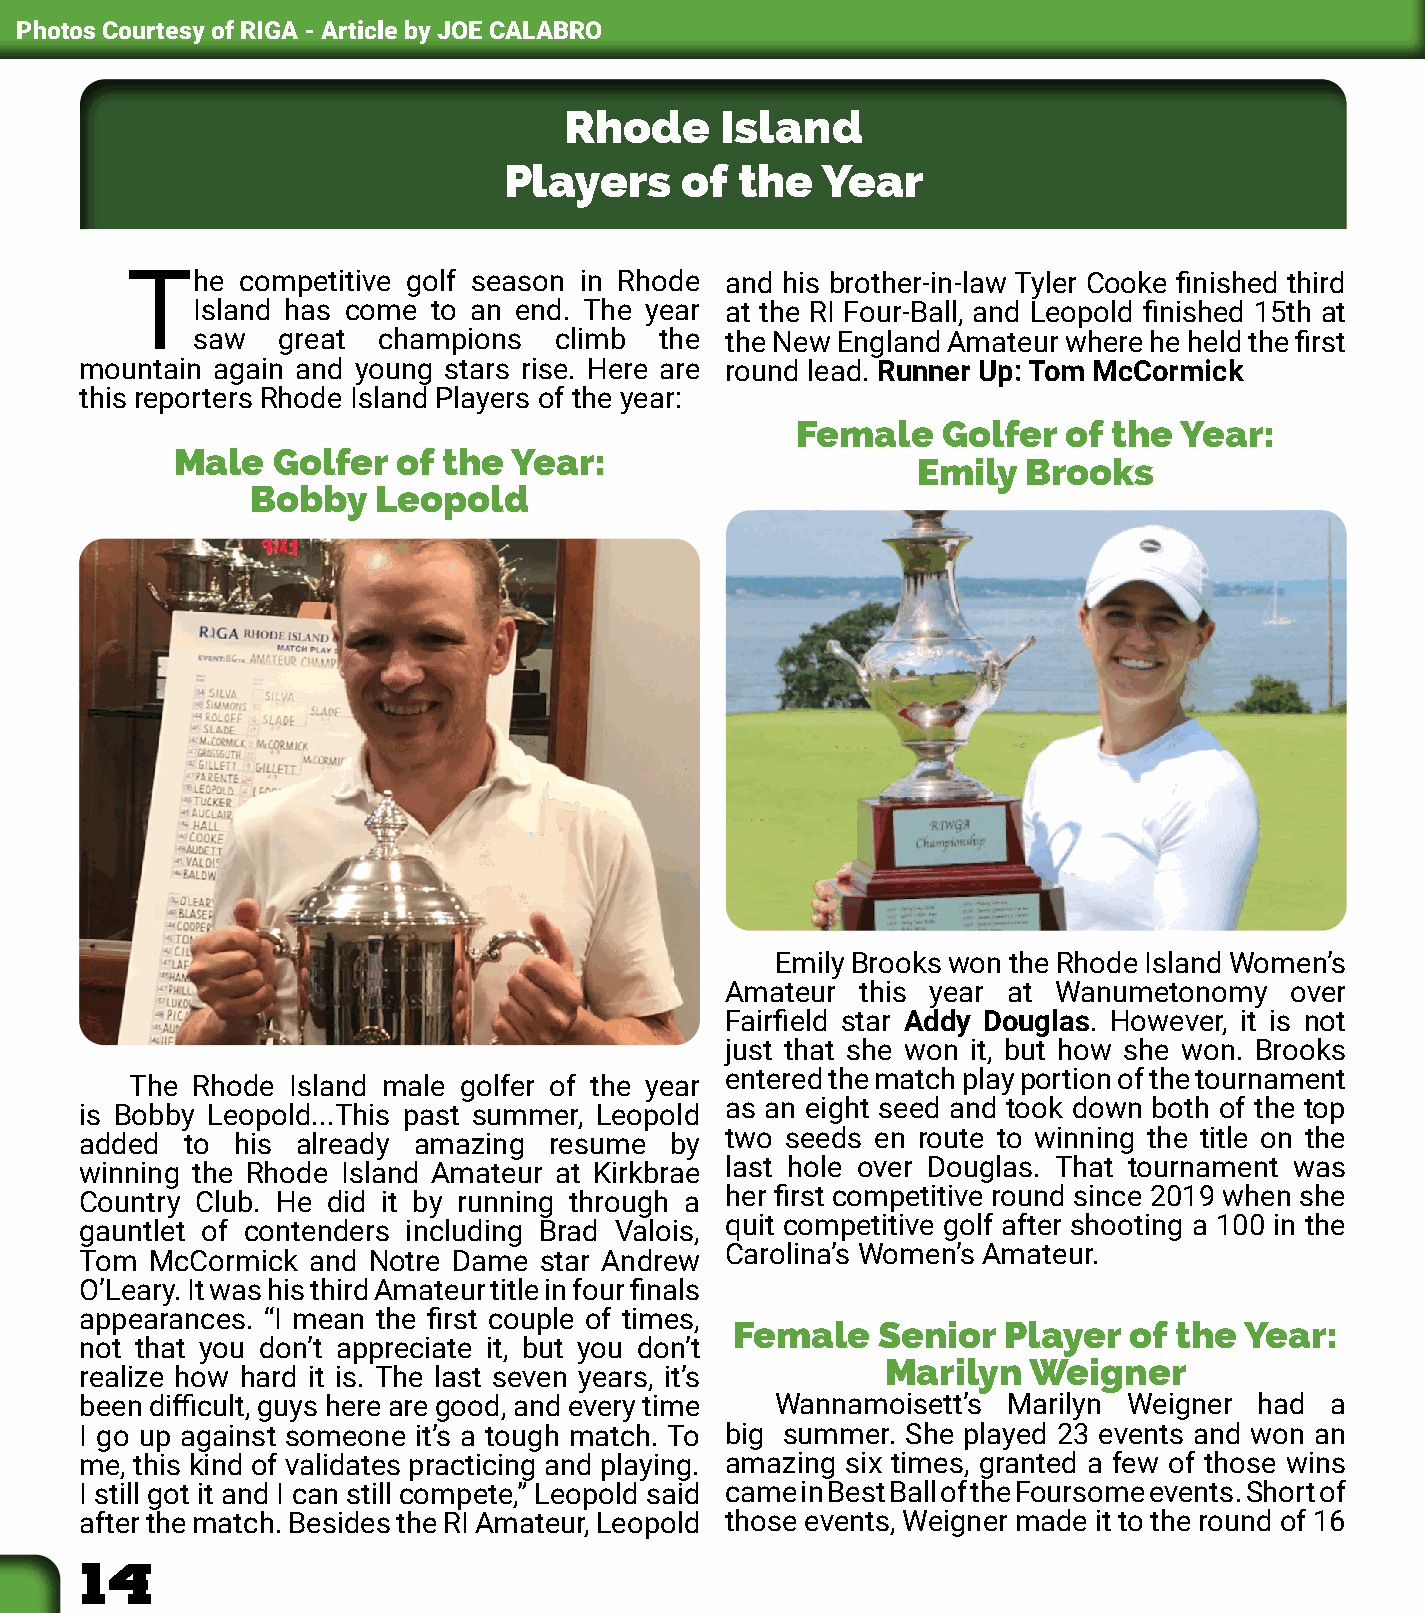
Photos Courtesy of RIGA - Article by JOE CALABRO
 Rhode      Island
 Players     of  the  Year
 The     competitive golf season in Rhode and his brother-in-law Tyler Cooke finished third
 Island has come to an end. The year at the RI Four-Ball, and Leopold finished 15th at
 saw  great  champions   climb  the the New England Amateur where he held the first
 mountain again and young stars rise. Here are round lead. Runner Up: Tom McCormick
 this reporters Rhode Island Players of the year:
 Female   Golfer   of the Year:
 Male  Golfer  of the  Year:
 Emily  Brooks
 Bobby   Leopold
 Emily Brooks won the Rhode Island Women’s
 Amateur  this year at Wanumetonomy   over
 Fairfield star Addy Douglas. However, it is not
 just that she won it, but how she won. Brooks
 The Rhode Island male golfer of the year entered the match play portion of the tournament
 is Bobby Leopold...This past summer, Leopold as an eight seed and took down both of the top
 added  to his  already amazing resume  by  two seeds en route to winning the title on the
 winning the Rhode Island Amateur at Kirkbrae last hole over Douglas. That tournament was
 Country Club. He did it by running through a her first competitive round since 2019 when she
 gauntlet of contenders including Brad Valois, quit competitive golf after shooting a 100 in the
 Tom  McCormick and Notre Dame  star Andrew Carolina’s Women’s Amateur.
 O’Leary. It was his third Amateur title in four finals
 appearances. “I mean the first couple of times,
 Female   Senior   Player  of the Year:
 not that you don’t appreciate it, but you don’t
 Marilyn  Weigner
 realize how hard it is. The last seven years, it’s
 been difficult, guys here are good, and every time Wannamoisett’s Marilyn Weigner had a
 I go up against someone it’s a tough match. To big summer. She played 23 events and won an
 me, this kind of validates practicing and playing. amazing six times, granted a few of those wins
 I still got it and I can still compete,” Leopold said came in Best Ball of the Foursome events. Short of
 after the match. Besides the RI Amateur, Leopold those events, Weigner made it to the round of 16
 14